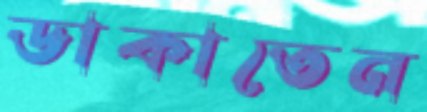
ডাকাতেন